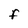
Character: F